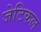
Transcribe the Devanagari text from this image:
जेटिकल